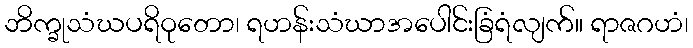
ဘိက္ခုသံဃပရိဝုတော၊ ရဟန်းသံဃာအပေါင်းခြံရံလျက်။ ရာဇဂဟံ၊